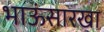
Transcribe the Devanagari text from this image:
भाऊंसारखा